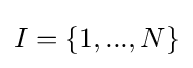
I=\{1,...,N\}